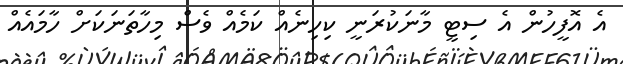
އެ އޮފީހުން އެ ސިޓީ މާނަކުރަނީ ކިހިނެއް ކަމެއް ވެސް މިހާތަނަކަށް ހާމައެއް